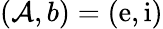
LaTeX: (\mathcal{A},b)=(\mathrm{{e}},\mathrm{{i}})